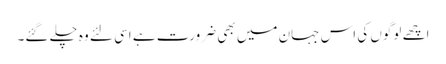
اچھے لوگوں کی اس جہان میں بھی ضرورت ہے اسی لئے وہ چلے گئے۔